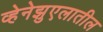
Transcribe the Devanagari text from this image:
व्हेनेझुएलातील